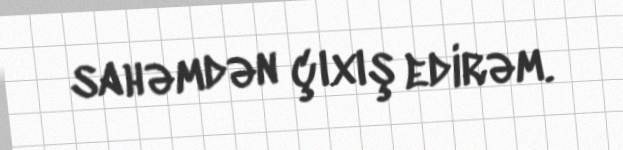
sahəmdən çıxış edirəm.